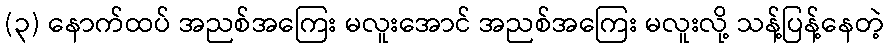
(၃) နောက်ထပ် အညစ်အကြေး မလူးအောင် အညစ်အကြေး မလူးလို့ သန့်ပြန့်နေတဲ့